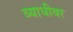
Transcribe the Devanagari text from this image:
व्याधीवर